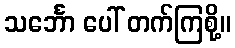
သင်္ဘော ပေါ် တက်ကြစို့။